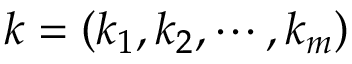
k = \left( k _ { 1 } , k _ { 2 } , \cdots , k _ { m } \right)